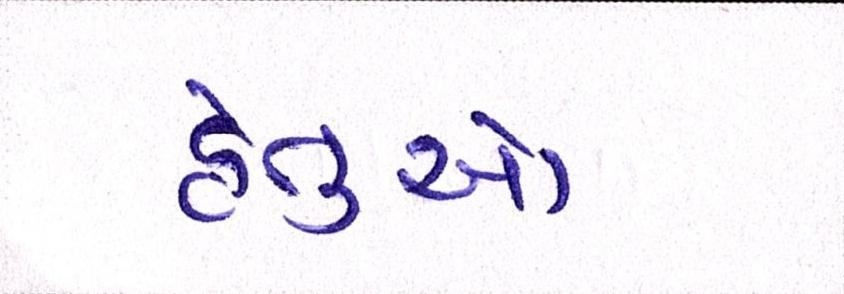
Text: હેતુઓ